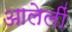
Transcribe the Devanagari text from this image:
आलेलीं